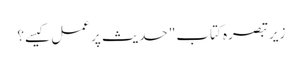
زیر تبصرہ کتاب" حدیث پر عمل کیسے؟